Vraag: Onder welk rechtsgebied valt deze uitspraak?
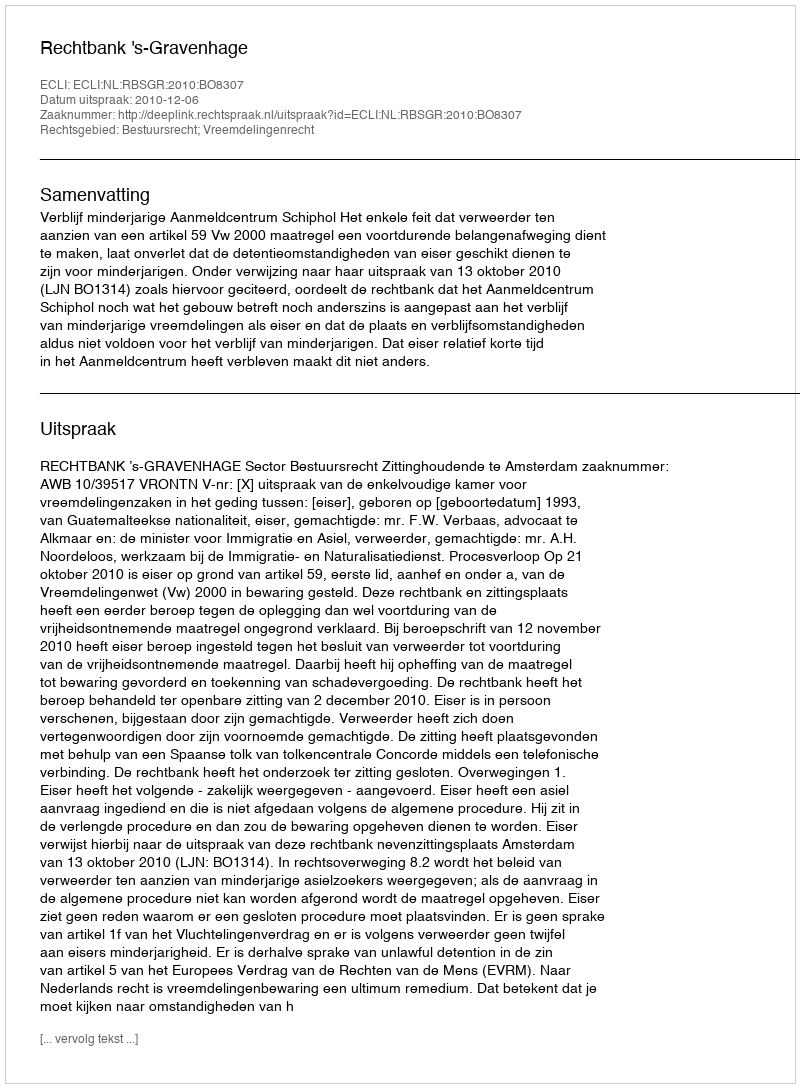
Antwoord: Bestuursrecht; Vreemdelingenrecht